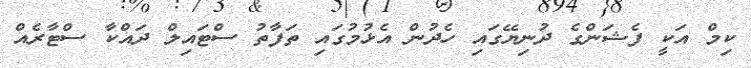
ކިމް އަކީ ފެޝަންގެ ދުނިޔޭގައި ހެދުން އެޅުމުގައި ތަފާތު ސްޓައިލް ދައްކާ ސްޓާރެއް